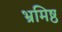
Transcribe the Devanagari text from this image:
भ्रमिष्ठ